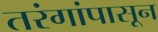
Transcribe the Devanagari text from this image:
तरंगांपासून